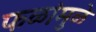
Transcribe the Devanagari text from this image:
फळांमुळे